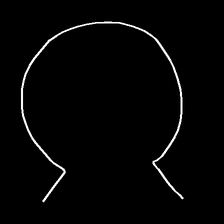
Glyph: weave